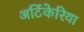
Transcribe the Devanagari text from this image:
अर्टिकेरिया